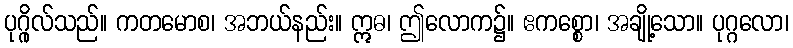
ပုဂ္ဂိုလ်သည်။ ကတမောစ၊ အဘယ်နည်း။ ဣဓ၊ ဤလောက၌။ ဧကစ္စော၊ အချို့သော။ ပုဂ္ဂလော၊